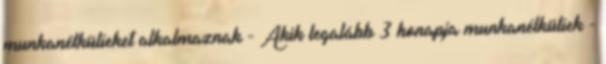
munkanélkülieket alkalmaznak - Akik legalább 3 honapja munkanélküliek -